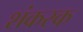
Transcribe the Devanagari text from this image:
शंकरक